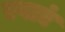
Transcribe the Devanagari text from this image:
एवाएं